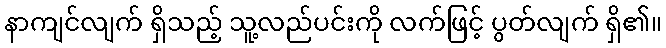
နာကျင်လျက် ရှိသည့် သူ့လည်ပင်းကို လက်ဖြင့် ပွတ်လျက် ရှိ၏။